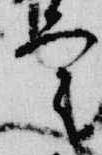
定